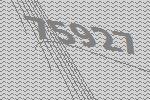
75927